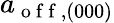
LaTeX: a_{\mathrm{~o~f~f~},(000)}